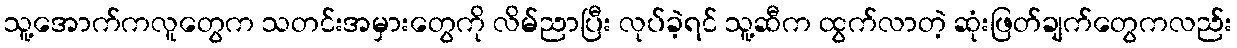
သူ့အောက်ကလူတွေက သတင်းအမှားတွေကို လိမ်ညာပြီး လုပ်ခဲ့ရင် သူ့ဆီက ထွက်လာတဲ့ ဆုံးဖြတ်ချက်တွေကလည်း